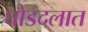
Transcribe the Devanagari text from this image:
घोडदलात